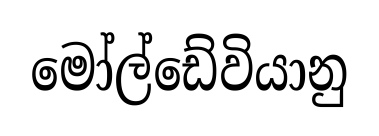
මෝල්ඩේවියානු